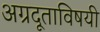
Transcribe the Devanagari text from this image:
अग्रदूताविषयी